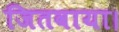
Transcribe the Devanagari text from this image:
जितवाया।